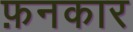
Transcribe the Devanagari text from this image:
फ़नकार